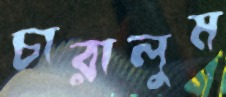
চারালুম